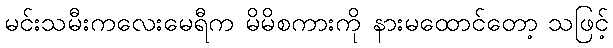
မင်းသမီးကလေးမေရီက မိမိစကားကို နားမထောင်တော့ သဖြင့်